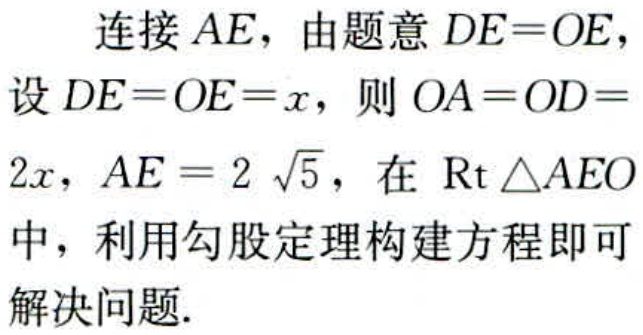
连接 \(AE\)，由题意 \(DE = OE\)，
设 \(DE = OE = x\)，则 \(OA = OD = 2x\)，\(AE = 2\sqrt{5}\)，在 \(\text{Rt}\triangle AEO\) 中，利用勾股定理构建方程即可解决问题.